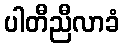
ပါတီညီလာခံ